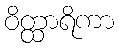
ဝိတ္ထာရိကာ